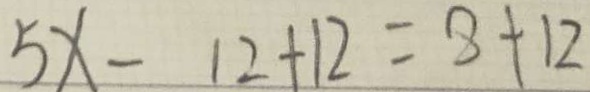
5 x - 1 2 + 1 2 = 8 + 1 2